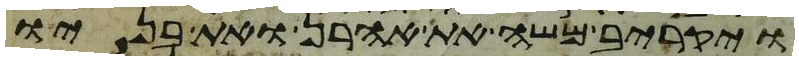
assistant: ויקריב משה את אהרן ואת בניו